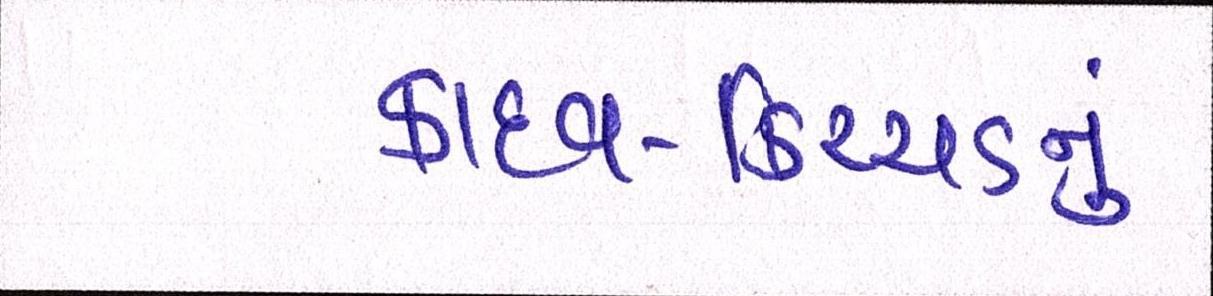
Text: કાદવ-કિચ્ચડનું